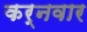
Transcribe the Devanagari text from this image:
कर्नवार